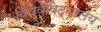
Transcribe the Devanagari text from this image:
विय़वविद्यालय